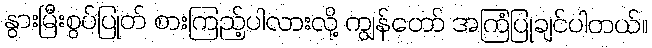
နွားမြီးစွပ်ပြုတ် စားကြည့်ပါလားလို့ ကျွန်တော် အကြံပြုချင်ပါတယ်။